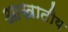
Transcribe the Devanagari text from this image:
आखातीय